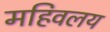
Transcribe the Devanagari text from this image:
महिवलय